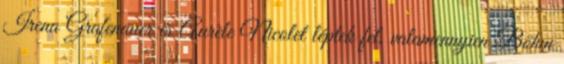
Irena Grafenauer és Aurèle Nicolet léptek fel, valamennyien Böhm